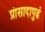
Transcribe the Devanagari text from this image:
प्रासादापुढं